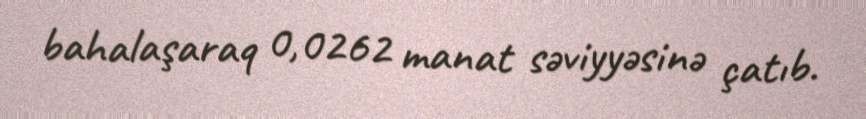
bahalaşaraq 0,0262 manat səviyyəsinə çatıb.